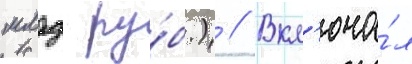
млрд ру́б.) // Вкл'юча́л